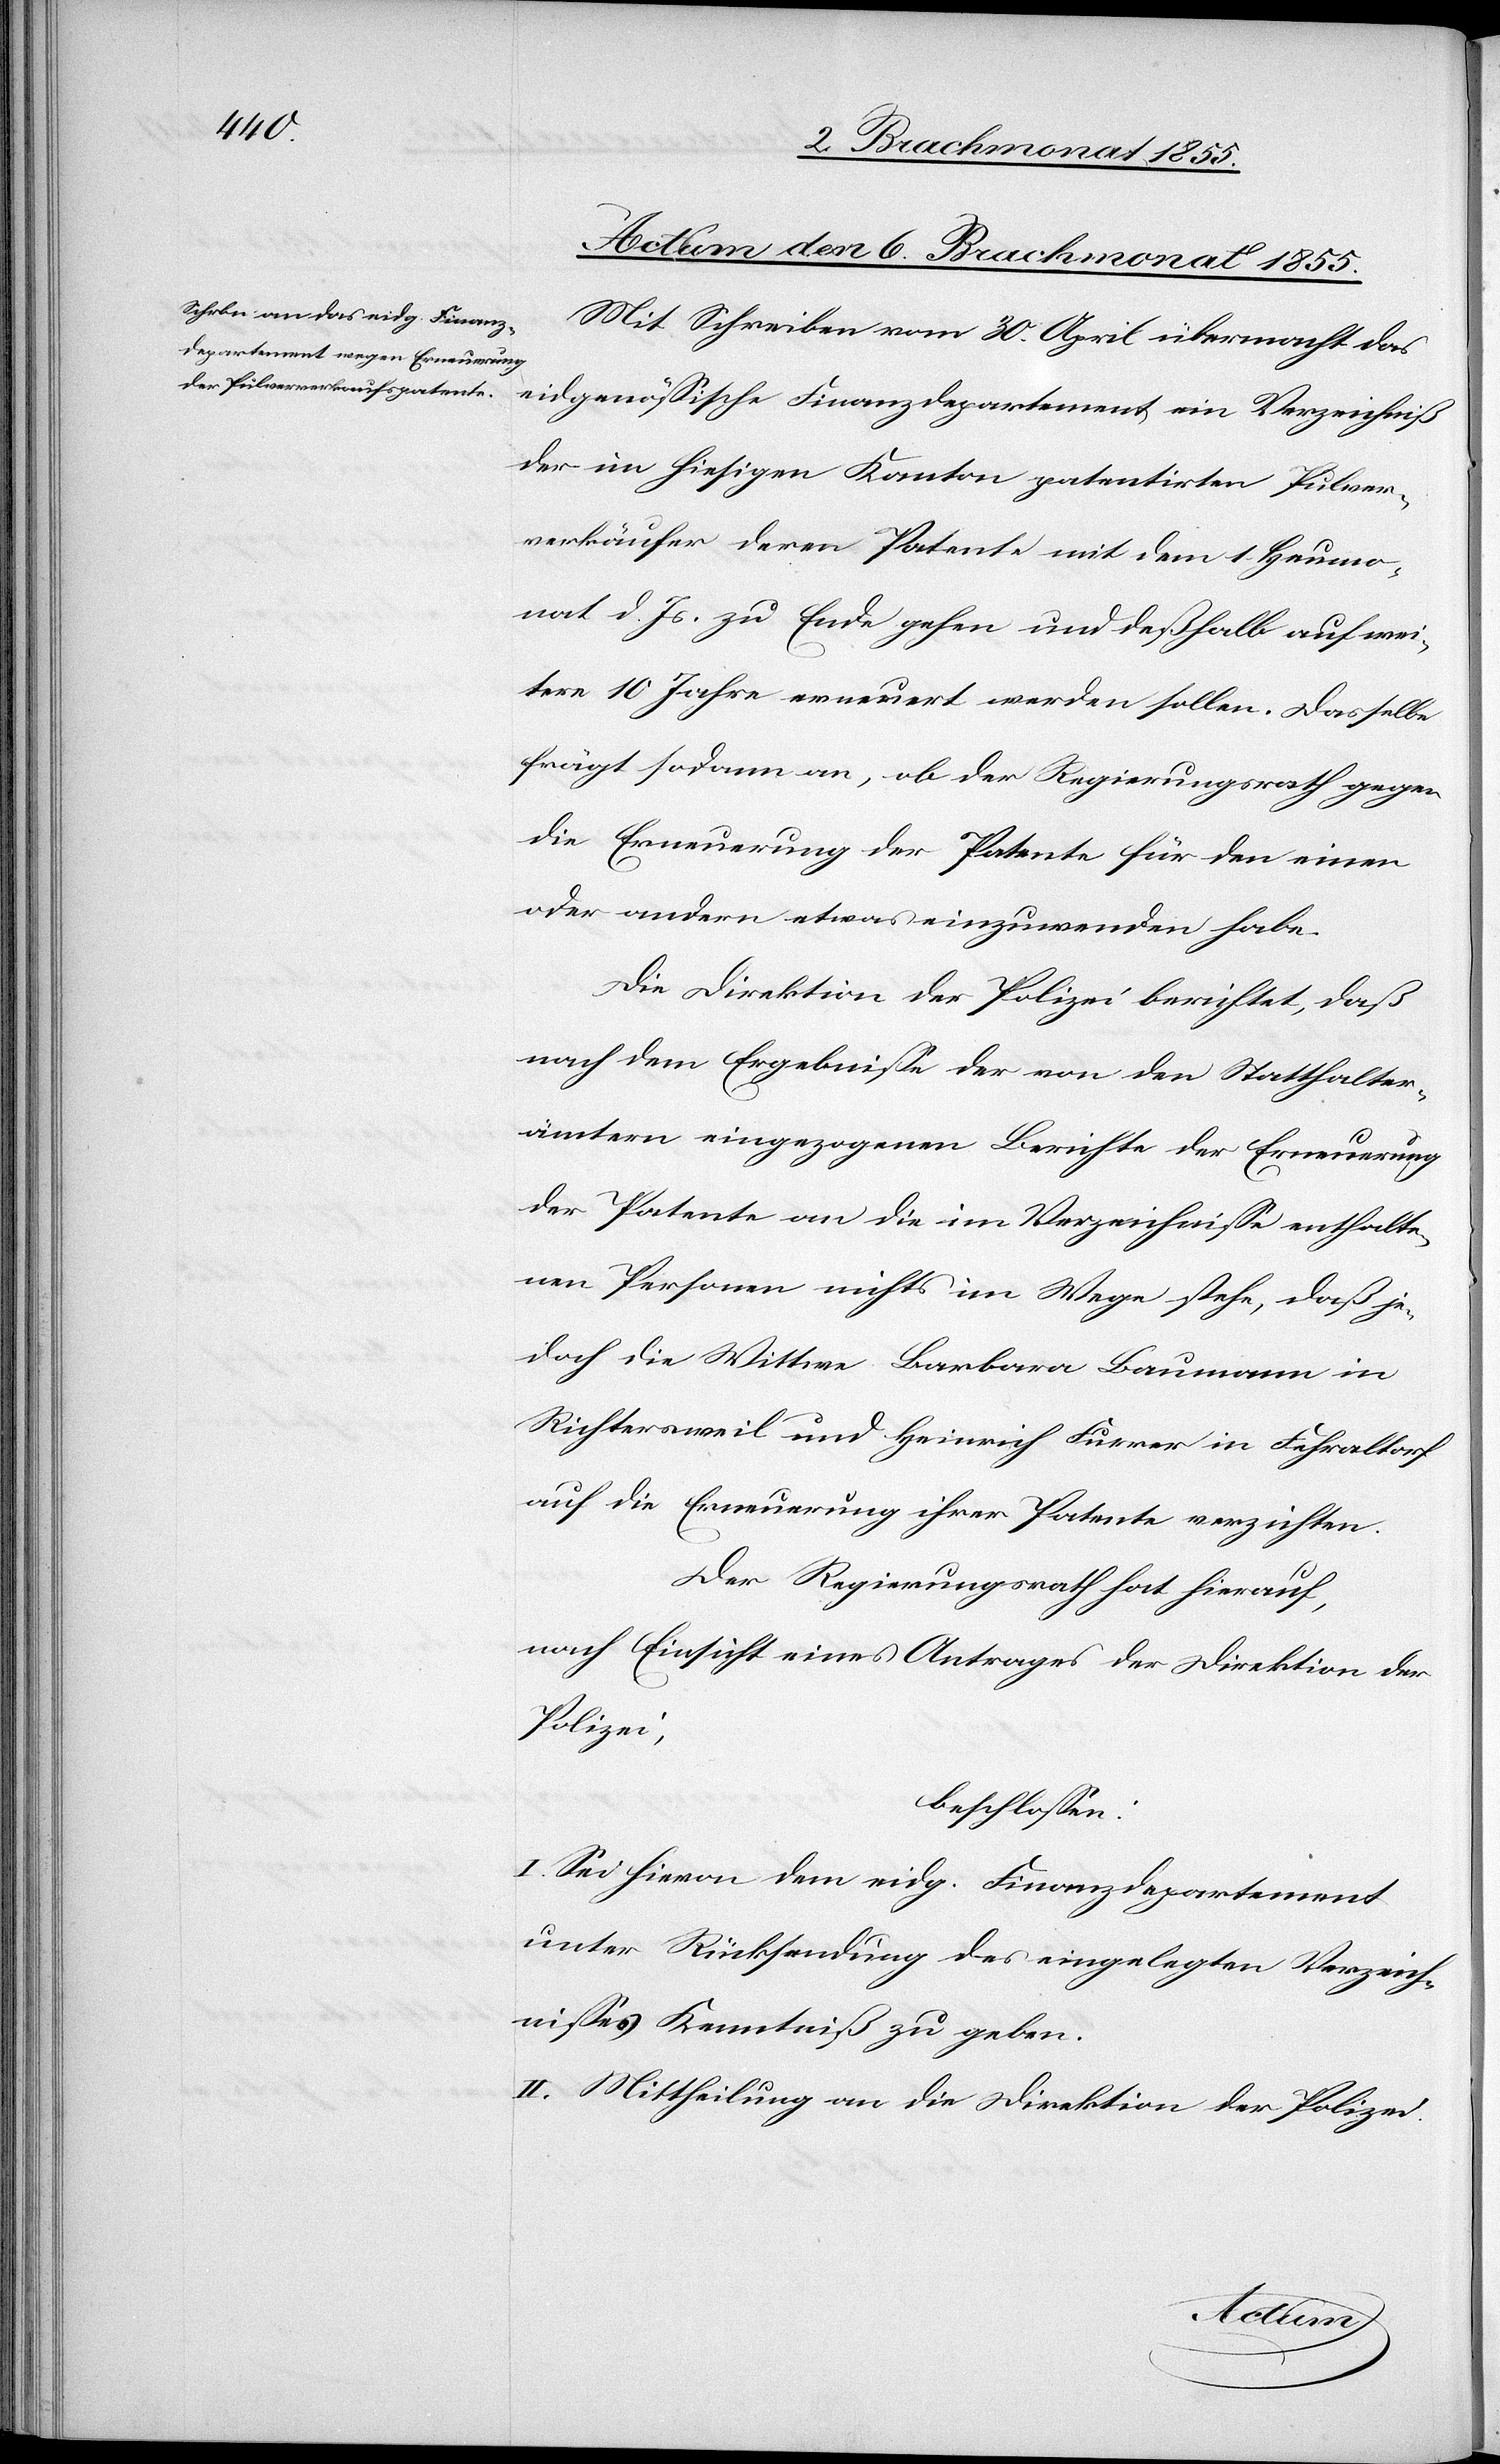
Actum den 6. Brachmonat 1855.
Mit Schreiben vom 30. April übermacht das
eidgenössische Finanzdepartement ein Verzeichniß
der im hiesigen Kanton patentirten Pulver¬
verkäufer deren Patente mit dem 1. Heumo¬
nat d. Js. zu Ende gehen und deßhalb auf wei¬
tere 10 Jahre erneuert werden sollen. Dasselbe
frägt sodann an, ob der Regierungsrath gegen
die Erneuerung der Patente für den einen
oder andern etwas einzuwenden habe.
Die Direktion der Polizei berichtet, daß
nach dem Ergebnisse der von den Statthalter¬
ämtern eingezogenen Berichte der Erneuerung
der Patente an die im Verzeichnisse enthalte¬
nen Personen nichts im Wege stehe, daß je¬
doch die Wittwe Barbara Baumann in
Richtersweil und Heinrich Furrer in Fehraltorf
auf die Erneuerung ihrer Patente verzichten.
Der Regierungsrath hat hierauf,
nach Einsicht eines Antrages der Direktion der
Polizei,
beschlossen:
I. Sei hievon dem eidg. Finanzdepartement
unter Rücksendung des eingelegten Verzeich¬
nisses Kenntniß zu geben.
II. Mittheilung an die Direktion der Polizei.